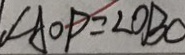
\angle A O P = \angle O B C